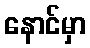
နောင်မှာ